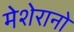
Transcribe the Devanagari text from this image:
मेशेरानो